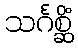
သင်္ဂစ္ဆိံ